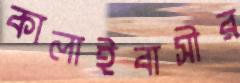
কালাইবাসীর